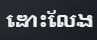
ដោះលែង